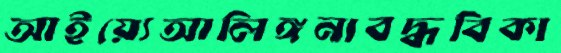
আইয়্যেআলিঙ্গনাবদ্ধবিকা